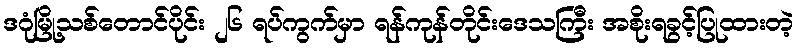
ဒဂုံမြို့သစ်တောင်ပိုင်း ၂၆ ရပ်ကွက်မှာ ရန်ကုန်တိုင်းဒေသကြီး အစိုးရခွင့်ပြုထားတဲ့